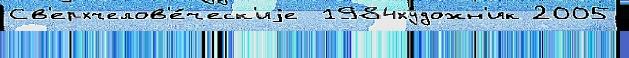
Св'ерхчелов'е́ческ'иjе  1984художн'ик 2005